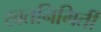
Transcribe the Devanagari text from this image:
खतनिमिर्ती